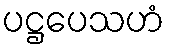
ပဋ္ဌပေသဟံ